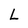
Character: L